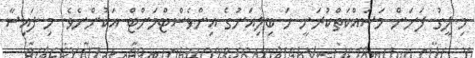
މި ލީގު ފަށަން މަސައްކަތްކުރަނީ ހަ ބިލިއަނުގެ އިންވެސްޓްމަންޓް އަކުންނެވެ. މި ފައިސާ